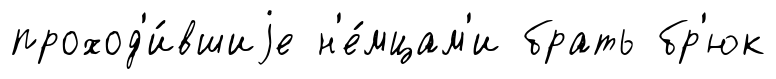
проход'и́вшиjе н'е́мцам'и брать бр'юк